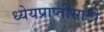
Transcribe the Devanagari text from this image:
ध्येयप्राप्तीसाठी